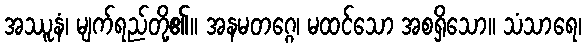
အဿူနံ၊ မျက်ရည်တို့၏။ အနမတဂ္ဂေ၊ မထင်သော အစရှိသော။ သံသာရေ၊